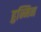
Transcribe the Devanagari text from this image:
हुन्मिन